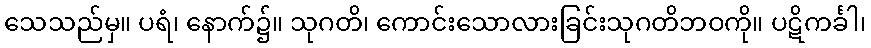
သေသည်မှ။ ပရံ၊ နောက်၌။ သုဂတိ၊ ကောင်းသောလားခြင်းသုဂတိဘဝကို။ ပဋိကင်္ခါ၊